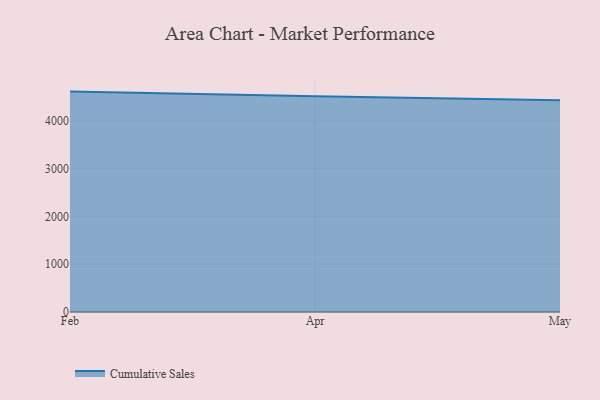
{"axis": {"x": "Month", "y": "Waste Production (Tons)"}, "legend": ["Cumulative Sales"], "data": [{"x": "Feb", "y": 4614.0, "type": "Cumulative Sales"}, {"x": "Apr", "y": 4514.1, "type": "Cumulative Sales"}, {"x": "May", "y": 4435.2, "type": "Cumulative Sales"}]}